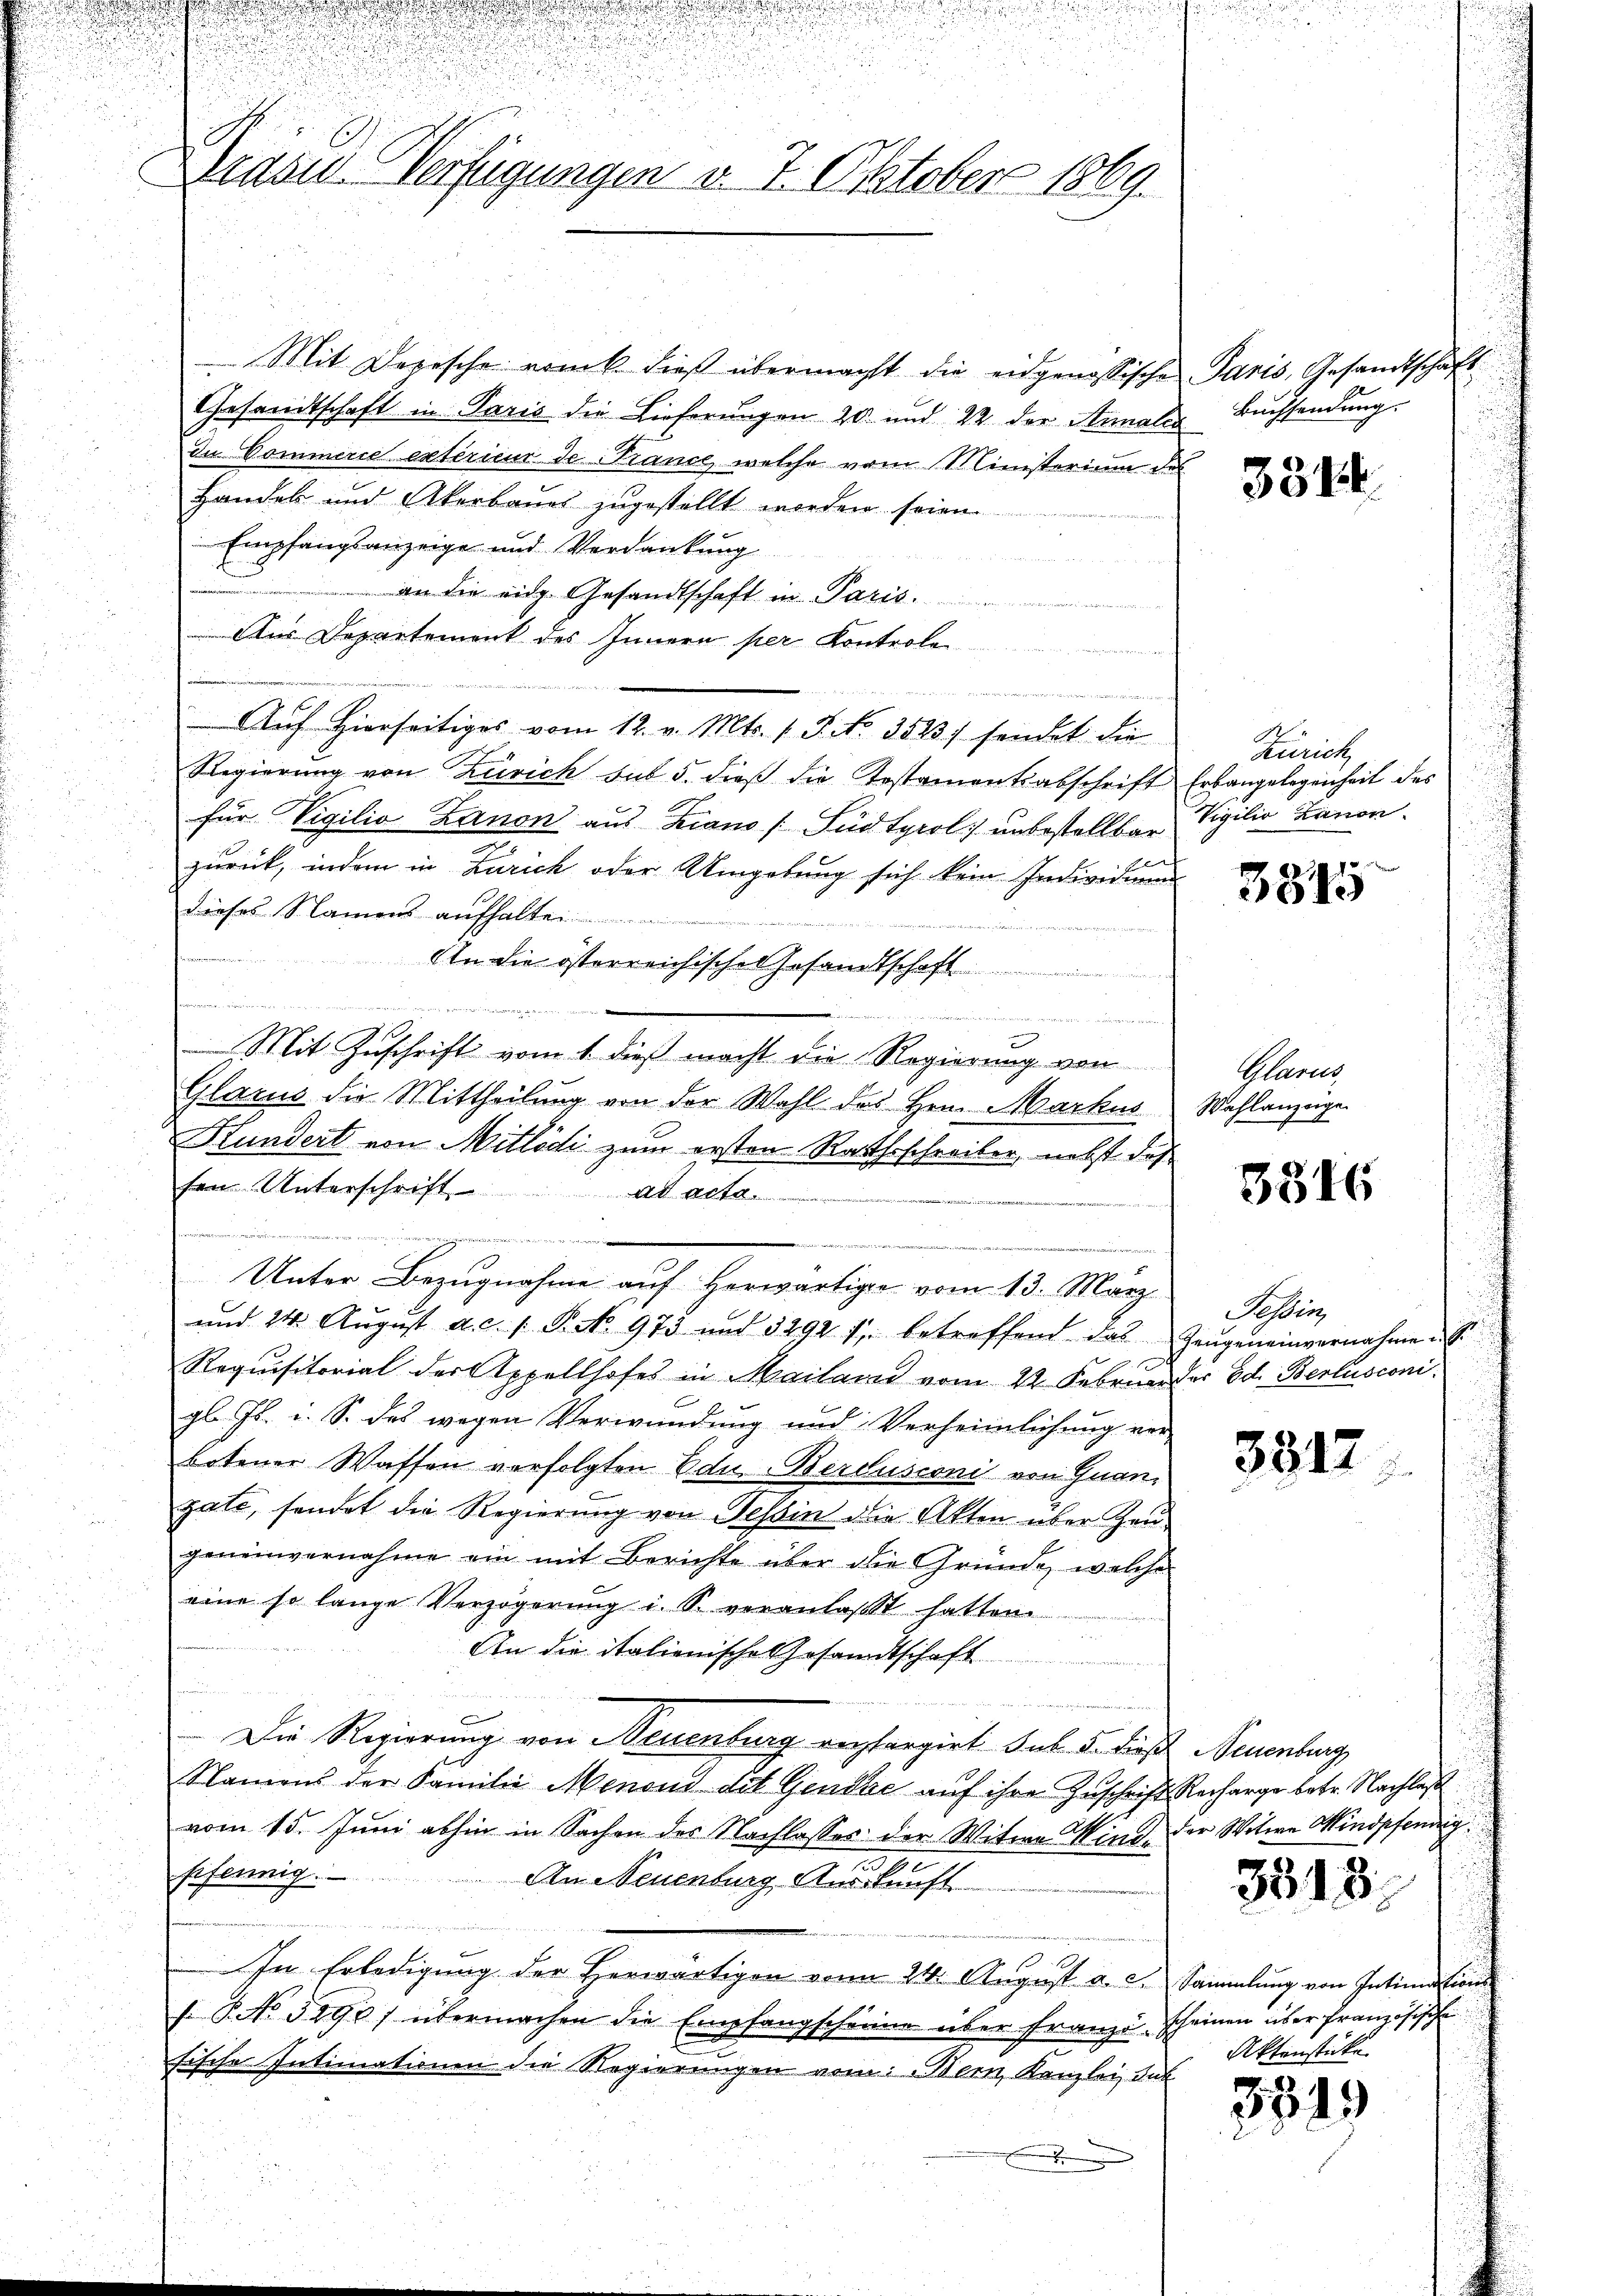
.
u
n

Präses Verfügungen d. 7. Oktober 1869.

Mit Depesche romb. dieß übermacht die eidgenössischen Paris, Gesandtschaft
Gesandtschaft in Paris die Lieferungen 20 und 22 der Annalis Buchsendung
In Commerce extérieur de France, welche vom Ministerium des
Handel und Akerbaues zugestellt worden seien.
Empfangsanzeige und Verdankung
u
an die eidg. Gesandtschaft in Paris.
Aus Departement des Innern per Kontrole
u
A
Auf Hierseitiges vom 12. v. Mts. 1 P. No. 3513) sendet die
Regierŭng von Zürich sub 5. dieβ die Testamentsabschrift Erbangelegenheit des
für Vigilio Zanon aus Krano /Füdtyrol unbestellbar Vigilio Canon
zurück, indem in Zürich oder Umgebung sich kein Individuum
dieses Namens aufhalten.
An die österreichische Gesandtschaft
n
u
¬
e
Mit Zuschrift vom 1. dieß macht die Regierung von
Glarus die Mittheilung von der Wahl des Hrn. Markus Wahlanzeige
Hundert von Mitlödi zum ersten Rathsschreiber, nebst daß
sen Unterschrift ad acta.
 der
.
 de der
Unter Bezugnahme auf herwärtige vom 13. März
und 24. August a.c. s. P. No 973 und 3292 f. betreffend das Zeugeneinvernahme S.
Requisitorial der Appellhofes in Mailan vom 22. Februar der Ed. Bertusconi
gl. Js. u. S. des wegen Verwundung und Verheimlichung ver-
botener Waffen verfolgten Edu. Berdusconi von Quangate, sendet die Regierung von Tessin die Akten über Zeugeneinvernahme ein mit Berichte über die Gründe, welche
eine so lange Verzögerung i. S. veranlaßt hatten
An die italienische Gesandtschaft
e
Die Regierung von Neuenburg verfargirt sub 5. diese Neuenburg,
Namens der Familie Menoud dit Gendaić auf ihre Zuschrift Recharge betr. Nachlaß
vom 15. Juni abhin in Sachen des Nachlasses der Witwe Wind der Witwe Kindpfendig
fifennig.
An Neuenburg, Auskunft
In Erledigung der Herwärtigen von 24. August a. c. Sammlung von Intimation
f. P. No 3290/ übermachen die Empfangscheine über Franzischeinen über französische
fische Intimationen die Regierungen vom Bern, Kanzlei Sub
.

den seine weiten

3314.

A
Zürich

381

Glarus

3546

Tessin

3312

3318.

Aktenstück

3819